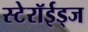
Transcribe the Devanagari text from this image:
स्टेरॉईड्ज